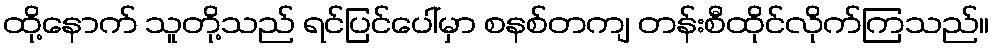
ထို့နောက် သူတို့သည် ရင်ပြင်ပေါ်မှာ စနစ်တကျ တန်းစီထိုင်လိုက်ကြသည်။